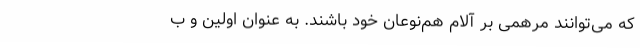
که می‌توانند مرهمی بر آلام هم‌نوعان خود باشند. به عنوان اولین و ب